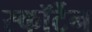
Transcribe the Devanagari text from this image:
स्कॉर्टेन